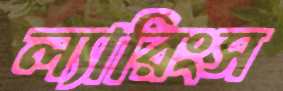
ল্যারিংস